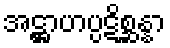
အဋ္ဌာဟပ္ပဋိစ္ဆန္နာ